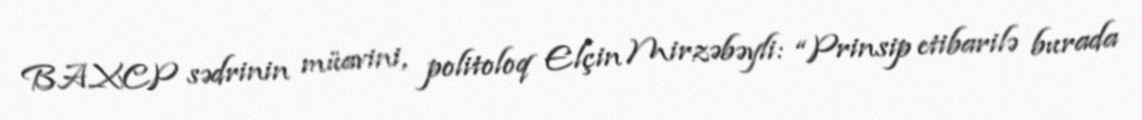
BAXCP sədrinin müavini, politoloq Elçin Mirzəbəyli: “Prinsip etibarilə burada